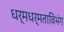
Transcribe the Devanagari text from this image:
धर्मधर्मताविभंग